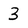
Character: 3